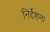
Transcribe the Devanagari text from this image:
निर्द्देशना